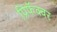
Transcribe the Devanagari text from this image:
प्रिफॅक्चर